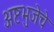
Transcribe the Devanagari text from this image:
अष्टभुजेचे